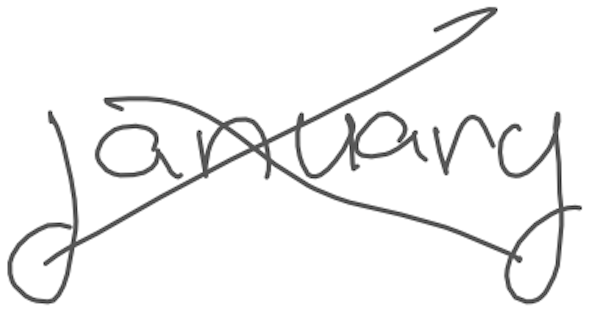
Text: January
Cross-out: cross
Writing tool: digital_gray